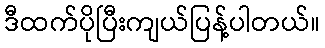
ဒီထက်ပိုပြီးကျယ်ပြန့်ပါတယ်။